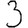
Digit: 3